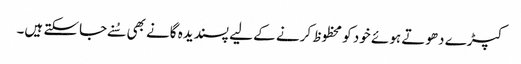
کپڑے دھوتے ہوئے خود کو محظوظ کرنے کے لیے پسندیدہ گانے بھی سُنے جاسکتے ہیں۔